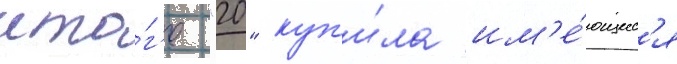
ито́г'е "20" куп'и́ла им'е́ющиес'я